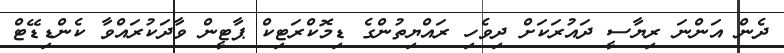
ދެން އަންނަ ރިޔާސީ ދައުރަކަށް ދިވެހި ރައްޔިތުންގެ ޑިމޮކްރަޓިކް ޕާޓީން ވާދަކުރައްވާ ކެންޑިޑޭޓް